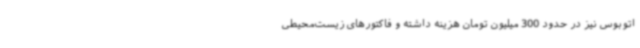
اتوبوس نیز در حدود 300 میلیون تومان هزینه داشته و فاکتورهای زیست‌محیطی